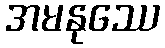
အမနုဿေ